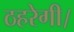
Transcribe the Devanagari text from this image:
ठहरेगी।